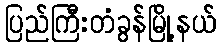
ပြည်ကြီးတံခွန်မြို့နယ်